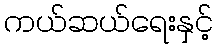
ကယ်ဆယ်ရေးနှင့်